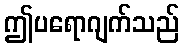
ဤပရောဂျက်သည်